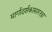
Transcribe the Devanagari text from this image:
मार्गादर्शकासारखा